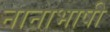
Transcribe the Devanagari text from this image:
नानाभाषी